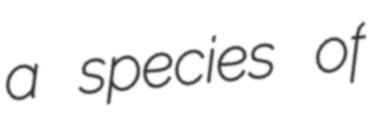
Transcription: a species of